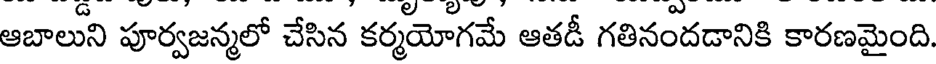
ఆబాలుని పూర్వజన్మలో చేసిన కర్మయోగమే ఆతడీ గతినందడానికి కారణమైంది.